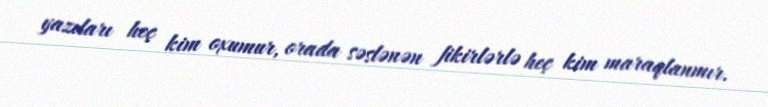
yazıları heç kim oxumur, orada səslənən fikirlərlə heç kim maraqlanmır.